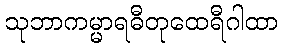
သုဘာကမ္မာရဓီတုထေရီဂါထာ